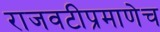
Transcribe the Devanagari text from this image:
राजवटीप्रमाणेच